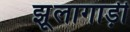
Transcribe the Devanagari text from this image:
झूलागाड़ी